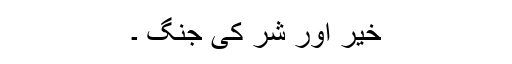
خیر اور شر کی جنگ ۔